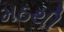
મઠથી